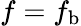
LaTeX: f=f_{\mathrm{b}}